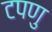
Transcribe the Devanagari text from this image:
टपणु